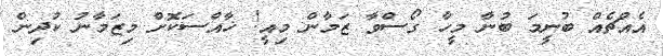
އެއްޗެއް ބުނީމަ ބުނާ މީހާ ގޯސްވާ ޒަމާން މިއީ! ޚާއްސަކޮށް މިޒަމާނު ކުދިން